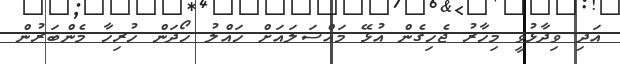
އަދި ވިދާޅުވީ މިހާރު ޖެހިގެން އުޅޭ މައްސަލައަށް ހައްލު ހޯދަން ހުރިހާ މެންބަރުން